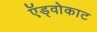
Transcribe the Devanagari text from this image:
ऍड्वोकाट